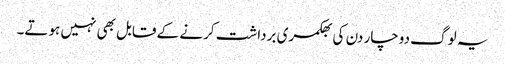
یہ لوگ دوچار دن کی بھکمری برداشت کرنے کے قابل بھی نہیں ہوتے۔